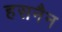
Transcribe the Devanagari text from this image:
हसनैन